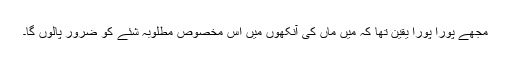
مجھے پورا پورا یقین تھا کہ میں ماں کی آنکھوں میں اس مخصوص مطلوبہ شئے کو ضرور پالوں گا۔